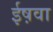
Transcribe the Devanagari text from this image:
ईष़वा